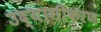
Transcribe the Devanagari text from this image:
उद्यागीकरण